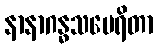
နာနာဂန္ဓသမေရိတာ